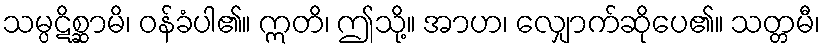
သမ္ပဋိစ္ဆာမိ၊ ဝန်ခံပါ၏။ ဣတိ၊ ဤသို့။ အာဟ၊ လျှောက်ဆိုပေ၏။ သတ္တမီ၊